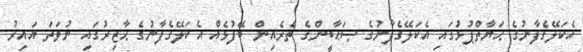
އެކަލޭގެފާނުގެ ޙަޔާތްޕުޅުގައި އެކަލޭގެފާނުގެ ޞަޙާބީންގެ ތެރެއިން ބޭފުޅެއް އެކަލޭގެފާނުގެ ޙާޒިރުގައި ނުވަތަ ޣައިރު